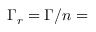
\Gamma _ { r } = \Gamma / n =